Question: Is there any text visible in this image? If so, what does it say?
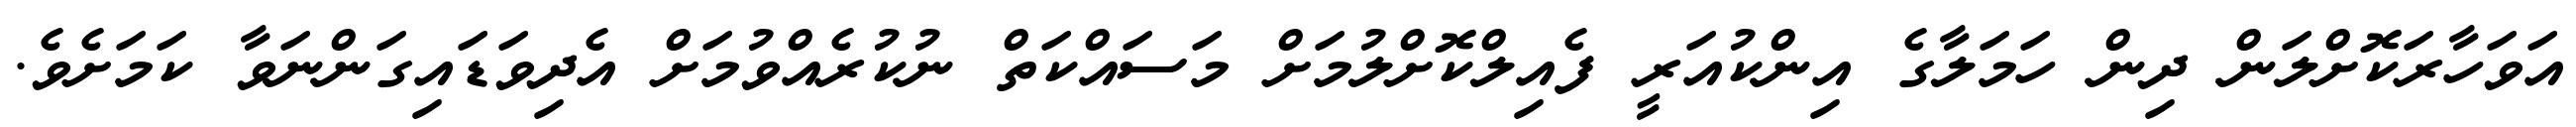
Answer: އަވަހާރަކޮށްލަން ދިން ހަމަލާގެ އިންކުއަރީ ފެއިލްކޮށްލުމަށް މަސައްކަތް ނުކުރެއްވުމަށް އެދިވަޑައިގަންނަވާ ކަމަށެވެ.